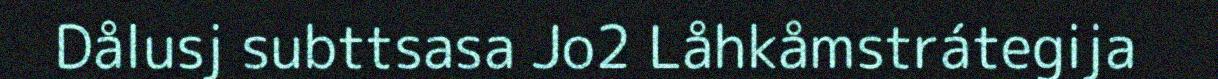
Dålusj subttsasa Jo2 Låhkåmstrátegija